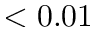
< 0 . 0 1